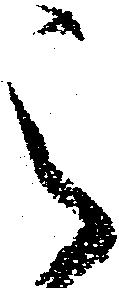
之